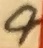
Text: 9